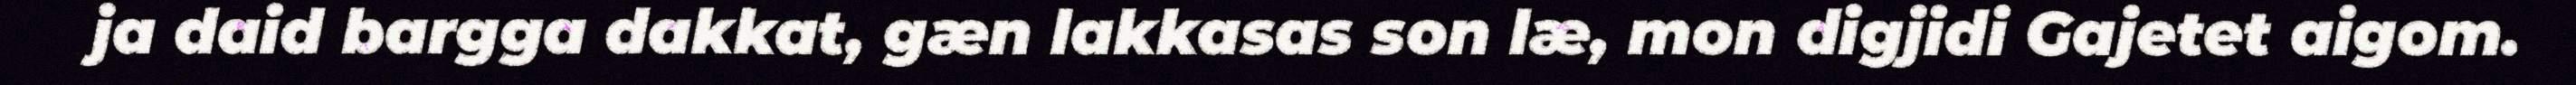
ja daid bargga dakkat, gæn lakkasas son læ, mon digjidi Gajetet aigom.